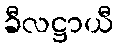
ခီလဋ္ဌာယီ